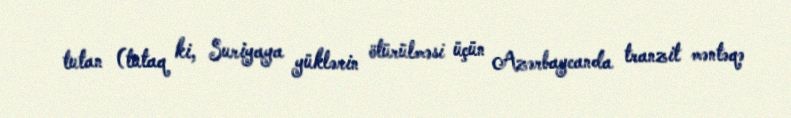
tutan (tutaq ki, Suriyaya yüklərin ötürülməsi üçün Azərbaycanda tranzit məntəqə